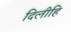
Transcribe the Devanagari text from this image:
दिलीहि